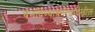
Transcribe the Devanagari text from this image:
बनविण्याकरितादेखील